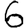
Digit: 6